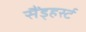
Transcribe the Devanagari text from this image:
सैंड्हर्स्ट